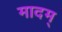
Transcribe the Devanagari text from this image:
मादम्